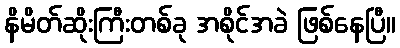
နိမိတ်ဆိုးကြီးတစ်ခု အစိုင်အခဲ ဖြစ်နေပြီ။